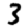
Digit: 3